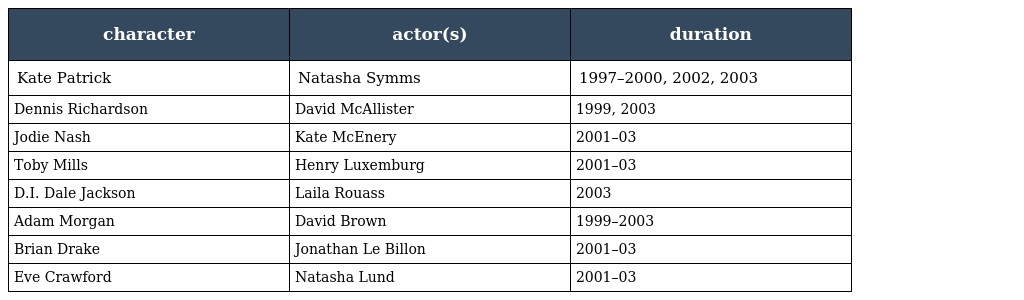
| character | actor(s) | duration |
 | --- | --- | --- |
 | Kate Patrick | Natasha Symms | 1997–2000, 2002, 2003 |
 | Dennis Richardson | David McAllister | 1999, 2003 |
 | Jodie Nash | Kate McEnery | 2001–03 |
 | Toby Mills | Henry Luxemburg | 2001–03 |
 | D.I. Dale Jackson | Laila Rouass | 2003 |
 | Adam Morgan | David Brown | 1999–2003 |
 | Brian Drake | Jonathan Le Billon | 2001–03 |
 | Eve Crawford | Natasha Lund | 2001–03 |